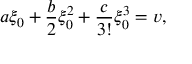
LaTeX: a \xi _ { 0 } + \frac { b } { 2 } \xi _ { 0 } ^ { 2 } + \frac { c } { 3 ! } \xi _ { 0 } ^ { 3 } = v ,